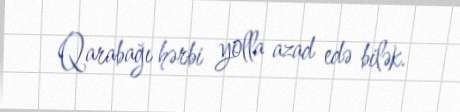
Qarabağı hərbi yolla azad edə bilək.